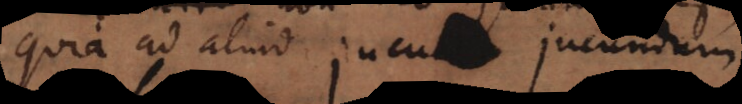
quia ad aliud jucundum